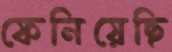
ফেনিয়েছি